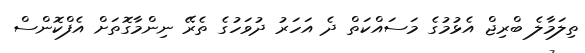
ތިލަމާލެ ބްރިޖް އެޅުމުގެ މަސައްކަތް ދެ އަހަރު ދުވަހުގެ ތެރޭ ނިންމާގޮތަށް އެފްކޮންސް